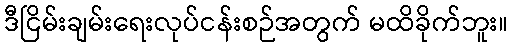
ဒီငြိမ်းချမ်းရေးလုပ်ငန်းစဉ်အတွက် မထိခိုက်ဘူး။